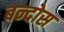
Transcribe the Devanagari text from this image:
बन्दोस